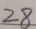
2 8